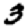
Digit: 3